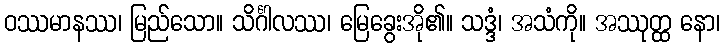
ဝဿမာနဿ၊ မြည်သော။ သိင်္ဂါလဿ၊ မြေခွေးအို၏။ သဒ္ဒံ၊ အသံကို။ အဿုတ္ထ နော၊